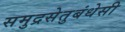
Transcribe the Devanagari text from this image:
समुद्रसेतुबंधेसी